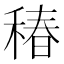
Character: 𥠔